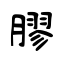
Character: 膠